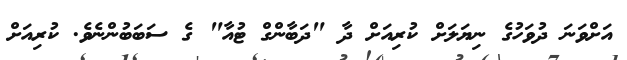
އަށްވަނަ ދުވަހުގެ ނިޔަލަށް ކުރިއަށް ދާ "ދަބާންގް ޓުއާ" ގެ ސަބަބުންނެވެ. ކުރިއަށް